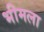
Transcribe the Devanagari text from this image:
भीमला